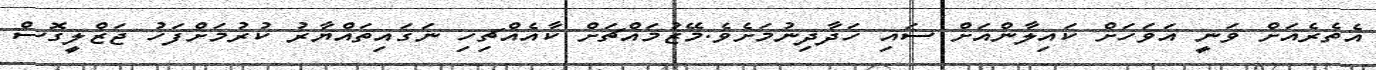
އެތެރެއަށް ވަނީ އަވަހަށް ކައިލާންއަށް ސައި ހަދާދިނުމަށެވެ.މޭޒުމައްޗަށް ކާއެއްޗިހި ނަގައިތައްޔާރު ކުރުމަށްފަހު ޖަޒްލީގޮސް